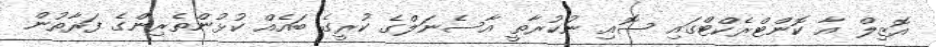
އޮޒިލް އާ ކޮންޓްރެކްޓްގައި ސޮއި ނުކުރާތީ އާސެނަލްގެ ކުރީގެ ބައެއް ކުޅުންތެރިންގެ ފަރާތުން